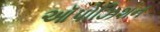
ઑપોઝિશન